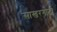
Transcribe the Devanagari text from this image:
साखरगोटी